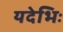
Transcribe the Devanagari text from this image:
यदेभिः